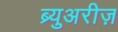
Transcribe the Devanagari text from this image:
ब्र्युअरीज़